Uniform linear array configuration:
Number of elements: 24
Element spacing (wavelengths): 0.25
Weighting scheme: uniform
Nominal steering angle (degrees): -15
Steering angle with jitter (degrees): -13.081
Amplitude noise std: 0.05
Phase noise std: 0.05

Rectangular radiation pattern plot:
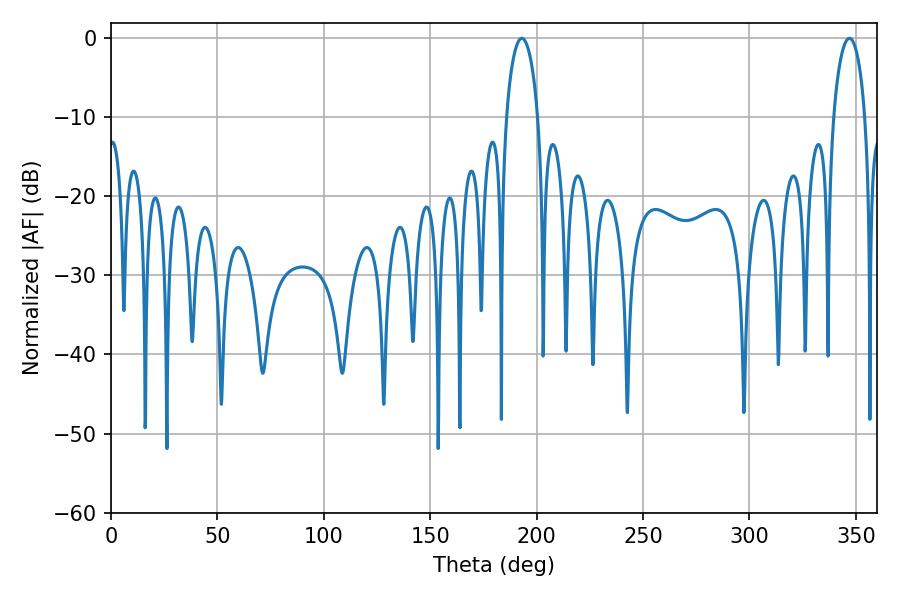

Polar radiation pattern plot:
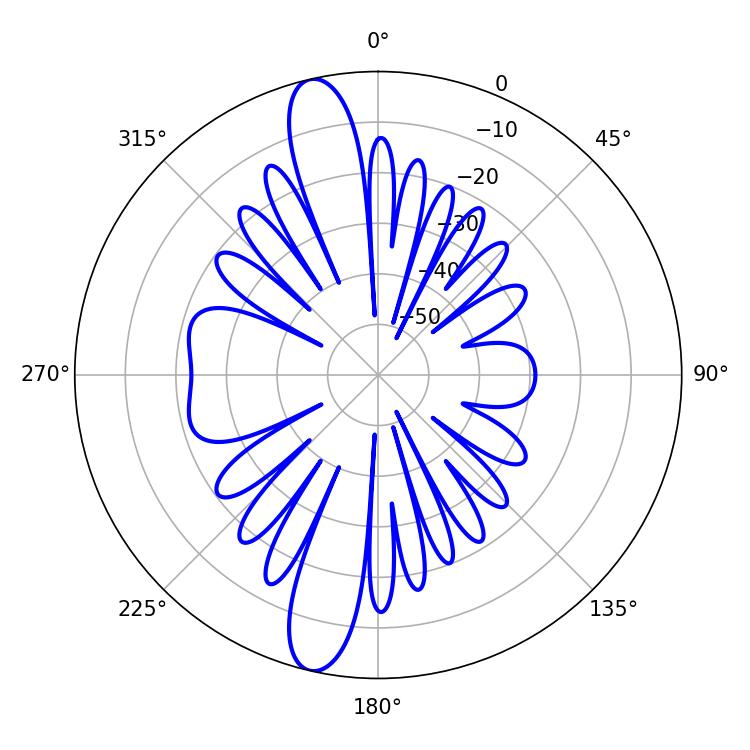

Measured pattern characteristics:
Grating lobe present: FALSE
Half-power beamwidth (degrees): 8.46
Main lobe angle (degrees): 192.96